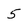
Character: 5